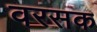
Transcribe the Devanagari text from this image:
वरसक